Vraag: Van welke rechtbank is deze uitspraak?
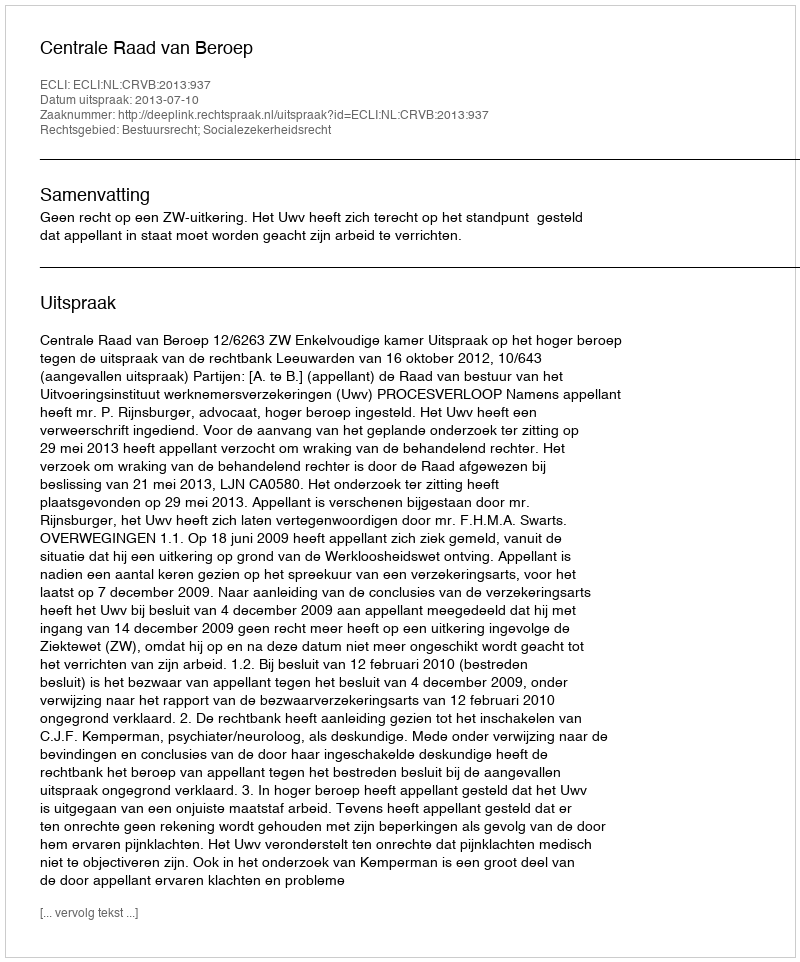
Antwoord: Centrale Raad van Beroep